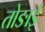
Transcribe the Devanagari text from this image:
तोङाई